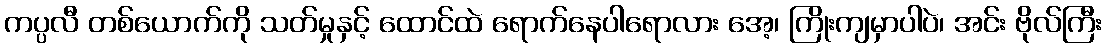
ကပ္ပလီ တစ်ယောက်ကို သတ်မှုနှင့် ထောင်ထဲ ရောက်နေပါရောလား အေ့၊ ကြိုးကျမှာပါပဲ၊ အင်း ဗိုလ်ကြီး